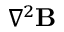
\nabla ^ { 2 } \mathbf { B }